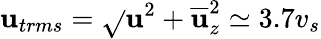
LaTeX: \mathbf{u}_{trms}=\sqrt{}{{\mathbf{u}^{2}+\overline{{{\mathbf{u}}}}_{z}^{2}}}\simeq3.7v_{s}